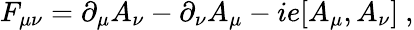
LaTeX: F_{\mu\nu}=\partial_{\mu}A_{\nu}-\partial_{\nu}A_{\mu}-ie[A_{\mu},A_{\nu}]\ ,